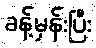
ခန့်မှန်းပြီး